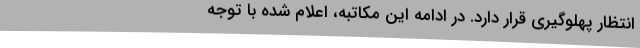
انتظار پهلوگیری قرار دارد. در ادامه این مکاتبه، اعلام شده با توجه